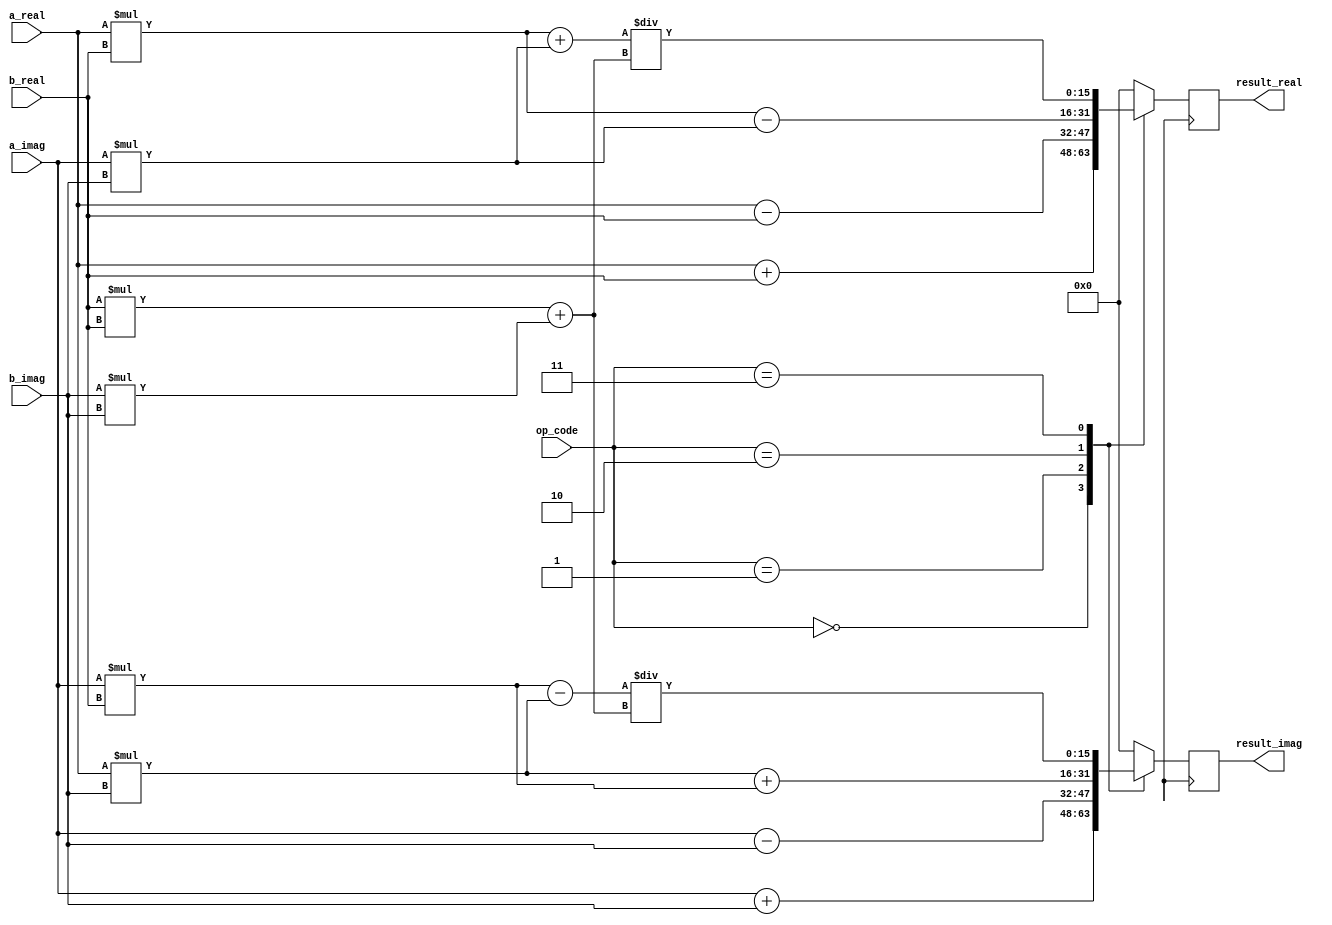
module Complex_ALU (
  input [7:0] op_code,
  input [15:0] a_real,
  input [15:0] a_imag,
  input [15:0] b_real,
  input [15:0] b_imag,
  output reg [15:0] result_real,
  output reg [15:0] result_imag
);

reg [15:0] temp_real;
reg [15:0] temp_imag;

always @ (op_code)
begin
  case (op_code)
    4'b0000: // Addition operation
      begin
        temp_real <= a_real + b_real;
        temp_imag <= a_imag + b_imag;
      end
    4'b0001: // Subtraction operation
      begin
        temp_real <= a_real - b_real;
        temp_imag <= a_imag - b_imag;
      end
    4'b0010: // Multiplication operation
      begin
        temp_real <= a_real * b_real - a_imag * b_imag;
        temp_imag <= a_real * b_imag + a_imag * b_real;
      end
    4'b0011: // Division operation
      begin
        temp_real <= (a_real * b_real + a_imag * b_imag) / (b_real * b_real + b_imag * b_imag);
        temp_imag <= (a_imag * b_real - a_real * b_imag) / (b_real * b_real + b_imag * b_imag);
      end
    default:
      begin
        temp_real <= 16'd0;
        temp_imag <= 16'd0;
      end
  endcase
end

always @ (posedge clock)
begin
  result_real <= temp_real;
  result_imag <= temp_imag;
end

endmodule